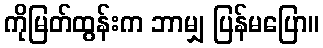
ကိုမြတ်ထွန်းက ဘာမျှ ပြန်မပြော။